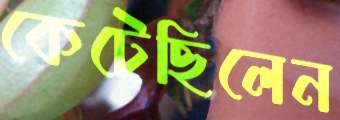
কেটেছিলেন